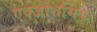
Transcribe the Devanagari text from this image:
एक्जोथर्मिक